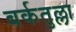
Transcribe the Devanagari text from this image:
बर्कतुल्ला